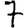
Digit: 7